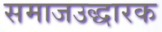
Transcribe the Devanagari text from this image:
समाजउद्धारक